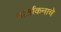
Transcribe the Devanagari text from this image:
वार्तांकनाचे